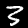
Label: 3